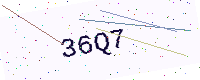
Text: 36Q7